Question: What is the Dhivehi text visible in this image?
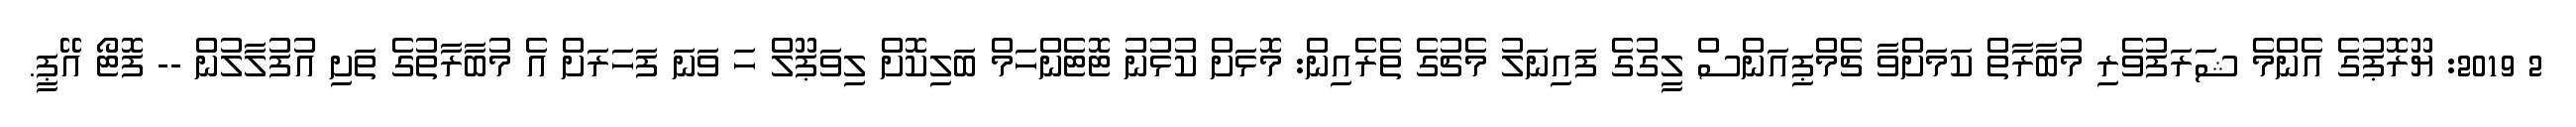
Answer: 2 2019: ޔޫރޮޕުގެ އެންމެ ޝަރަފުވެރި މުބާރާތް ކަމަށްވާ ޗެމްޕިއަންސް ލީގުގެ ފައިނަލު މެޗުގެ ތެރެއިން: މޮޅަށް ކުޅުނު ޓޮޓެންހަމް ބަލިކޮށް ލިވަޕޫލް ހަ ވަނަ ފަހަރަށް އެ މުބާރާތުގެ ތަށި އުފުލާލުން -- ފޮޓޯ އޭޕީ.